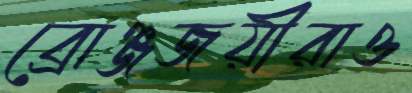
ব্রোঞ্জজয়ীরাও